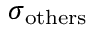
\sigma _ { \mathrm { o t h e r s } }